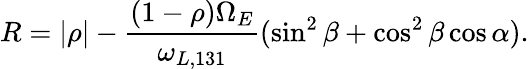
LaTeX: R=\lvert\rho\rvert-\frac{(1-\rho)\Omega_{E}}{\omega_{L,131}}(\sin^{2}\beta+\cos^{2}\beta\cos\alpha).